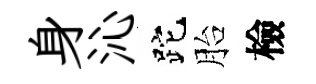
身沁跎胎檢